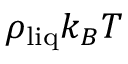
\rho _ { \mathrm { l i q } } k _ { B } T